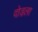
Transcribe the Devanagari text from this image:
दोडला